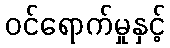
ဝင်ရောက်မှုနှင့်